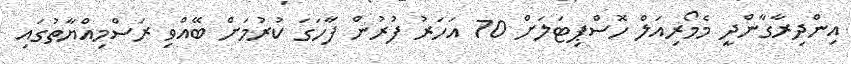
އިންދިރާގާންދީ މެމޯރިއަލް ހޮސްޕިޓަލަށް 70 އަހަރު ފުރުން ފާހަގަ ކުރުމަށް ބޭއްވި ރަސްމިއްޔާތުގައި